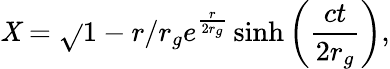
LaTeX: \mathit{X}=\sqrt{}{{1-r/r_{g}}}e^{\frac{{r}}{{2r_{g}}}}\sinh\left(\frac{{ct}}{{2r_{g}}}\right),